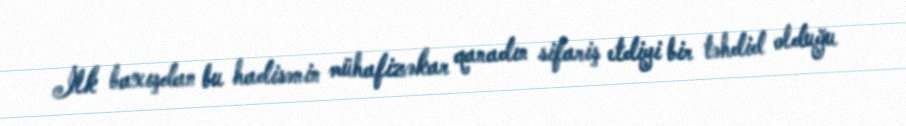
İlk baxışdan bu hadisənin mühafizəkar qanadın sifariş etdiyi bir təhdid olduğu